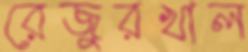
রেজুরখাল